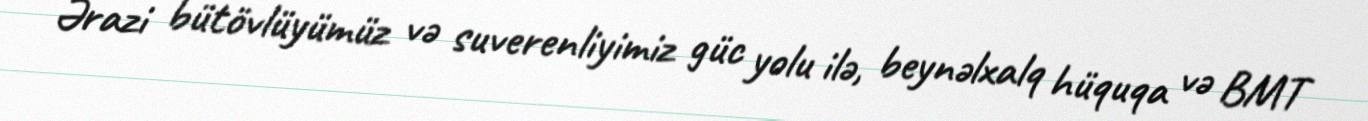
Ərazi bütövlüyümüz və suverenliyimiz güc yolu ilə, beynəlxalq hüquqa və BMT